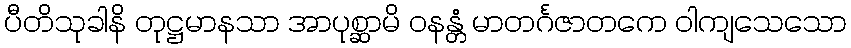
ပီတိသုခါနိ တုဋ္ဌမာနသာ အာပုစ္ဆာမိ ဝနန္တံ မာတင်္ဂဇာတကေ ဝါကျသေသော